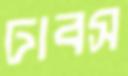
ঢাবস